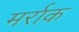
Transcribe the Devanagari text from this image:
मर्राक